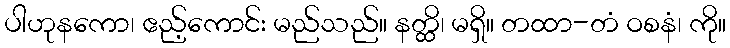
ပါဟုနကော၊ ဧည့်ကောင်း မည်သည်။ နတ္ထိ၊ မရှိ။ တထာ-တံ ဝစနံ၊ ကို။